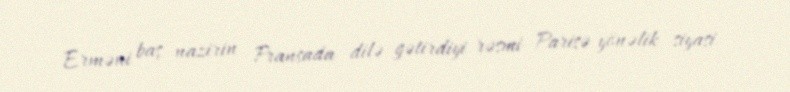
Erməni baş nazirin Fransada dilə gətirdiyi rəsmi Parisə yönəlik siyasi